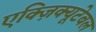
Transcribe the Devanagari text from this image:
एक्ज़िक्यूटेबल